Plague in India, 1896, 1897 - Volume 3
Year: 1896
Disease focus: Plague
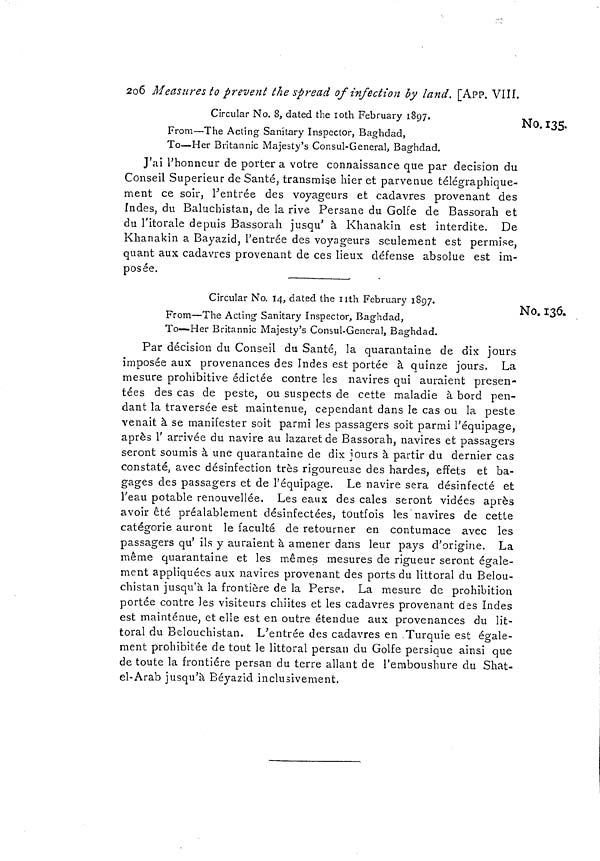
2o6 Measures to prevent the spread of infection by land. [App. VIIÍ.
No. 135.
Circular No. 8, dated the 10th February 1897.
From—The Acting Sanitary Inspector, Baghdad,
To—Her Britannic Majesty's Consul-General, Baghdad.
J'ai l'honneur de porter a votre connaissance que par decision du
Conseil Supérieur de Santé, transmise hier et parvenue télégraphique-
ment ce soir, l'entrée des voyageurs et cadavres provenant des
indes, du Baluchistan, de la rive Persane du Golfe de Bassorah et
du l'itorale depuis Bassorah jusqu' à Khanakin est interdite. De
Khanakin a Bayazid, l'entrée des voyageurs seulement est permise,
quant aux cadavres provenant de ces lieux défense absolue est im-
posée.
No. 136.
Circular No. 14, dated the nth February 1897.
From—The Acting Sanitary Inspector, Baghdad,
To—Her Britannic Majesty's Consul-General, Baghdad.
Par décision du Conseil du Santé, la quarantaine de dix jours
imposée aux provenances des Indes est portée à quinze jours. La
mesure prohibitive édictée contre les navires qui auraient présen-
tées des cas de peste, ou suspects de cette maladie à bord pen-
dant la traversée est maintenue, cependant dans le cas ou la peste
venait à se manifester soit parmi les passagers soit parmi l'équipage,
après I arrivée du navire au lazaret de Bassorah, navires et passagers
seront soumis à une quarantaine de dix jours à partir du dernier cas
constaté, avec désinfection très rigoureuse des hardes, effets et ba-
gages des passagers et de l'équipage. Le navire sera désinfecté et
l'eau potable renouvellée. Les eaux des cales seront vidées après
avoir êté préalablement désinfectées, toutfois les navires de cette
catégorie auront le faculté de retourner en contumace avec les
O
passagers qu' ils y auraient à amener dans leur pays d'origine. La
même quarantaine et les mêmes mesures de rigueur seront égale-
ment appliquées aux navires provenant des ports du littoral du Belou-
chistan jusqu'à la frontière de la Perse. La mesure de prohibition
portée contre les visiteurs chiites et les cadavres provenant des Indes
est maintenue, et elle est en outre étendue aux provenances du lit-
toral du Belouchistan. L'entrée des cadavres en Turquie est égale-
ment prohibitée de tout le littoral persan du Golfe persique ainsi que
de toute la frontière persan du terre allant de l'emboushure du Shat-
el-Arab jusqu'à Béyazicl inclusivement.